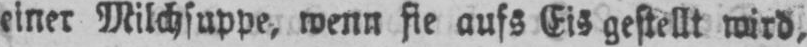
einer Milchsuppe, wenn sie aufs Eis gestellt wird,